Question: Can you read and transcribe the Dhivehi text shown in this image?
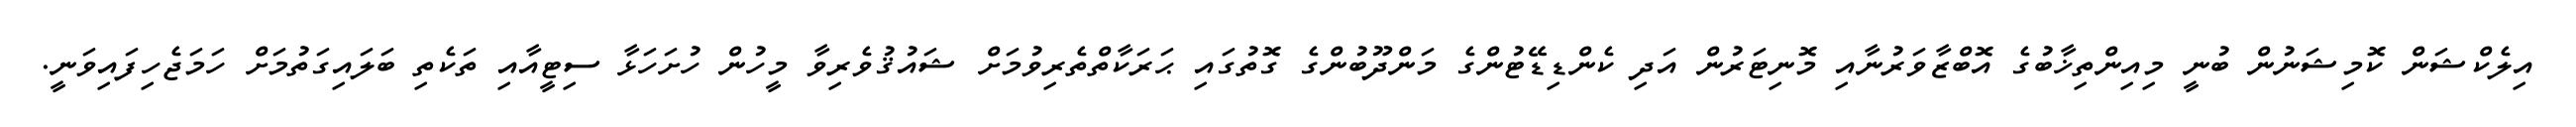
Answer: އިލެކްޝަން ކޮމިޝަނުން ބުނީ މިއިންތިޚާބުގެ އޮބްޒާވަރުނާއި މޮނިޓަރުން އަދި ކެންޑިޑޭޓުންގެ މަންދޫބުންގެ ގޮތުގައި ޙަރަކާތްތެރިވުމަށް ޝައުޤުވެރިވާ މީހުން ހުށަހަޅާ ސިޓީއާއި ތަކެތި ބަލައިގަތުމަށް ހަމަޖެހިފައިވަނީ.